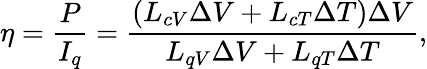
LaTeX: \eta=\frac{P}{I_{q}}=\frac{(L_{cV}\Delta V+L_{cT}\Delta T)\Delta V}{L_{qV}\Delta V+L_{qT}\Delta T},